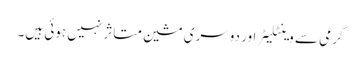
گرمی سے وینٹلیٹر اور دوسری مشین متاثر نہیں ہوئی ہیں۔